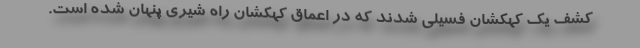
کشف یک کهکشان فسیلی شدند که در اعماق کهکشان راه شیری پنهان شده است.